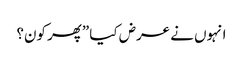
انہوں نے عرض کیا ”پھر کون؟